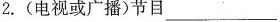
2.(电视或广播)节目____________